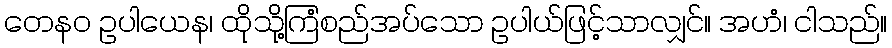
တေနဝ ဥပါယေန၊ ထိုသို့ကြံစည်အပ်သော ဥပါယ်ဖြင့်သာလျှင်။ အဟံ၊ ငါသည်။